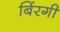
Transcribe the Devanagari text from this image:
बिंरगी